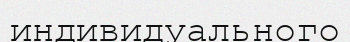
индивидуального